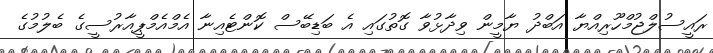
ރައީސުލްޖުމްހޫރިއްޔާ އަބްދު ޔާމީން ވިދާޅުވާ ގޮތުގައި އެ ބަޑިބޭސް ކޮންޓެއިނާ އެމްއެމްޕީއާރުސީގެ ބެލުމުގެ